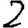
Digit: 2